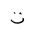
Letter: _ta